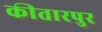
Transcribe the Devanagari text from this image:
कीतारपुर